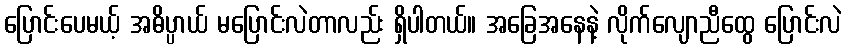
ပြောင်းပေမယ့် အဓိပ္ပာယ် မပြောင်းလဲတာလည်း ရှိပါတယ်။ အခြေအနေနဲ့ လိုက်လျောညီထွေ ပြောင်းလဲ